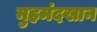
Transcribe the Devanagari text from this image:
मुहमंदखान